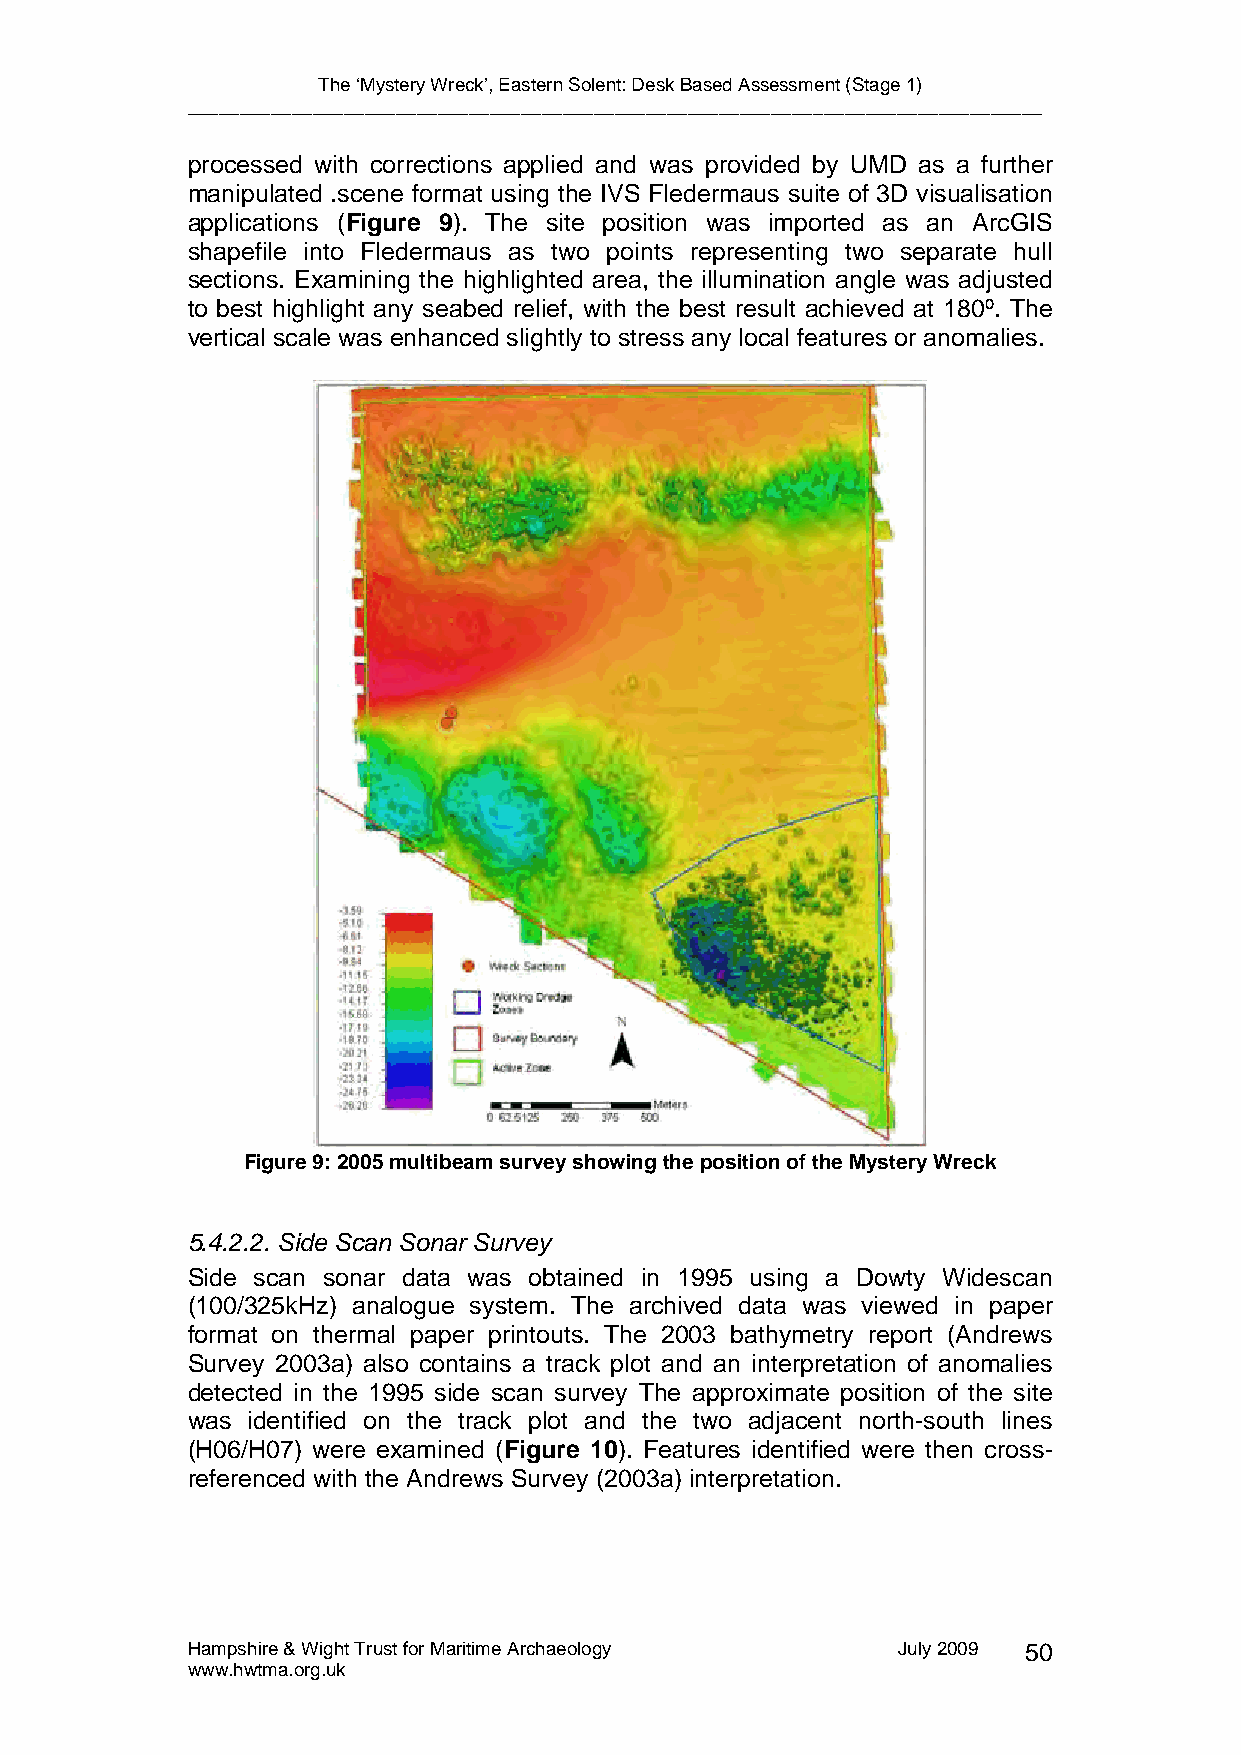
The ‘Mystery Wreck’, Eastern Solent: Desk Based Assessment (Stage 1)
 __________________________________________________________________________________
 processed with corrections applied and was provided by UMD as a further
 manipulated .scene format using the IVS Fledermaus suite of 3D visualisation
 applications (Figure 9). The site position was imported as an ArcGIS
 shapefile into Fledermaus as two points representing two separate hull
 sections. Examining the highlighted area, the illumination angle was adjusted
 to best highlight any seabed relief, with the best result achieved at 180º. The
 vertical scale was enhanced slightly to stress any local features or anomalies.
 Figure 9: 2005 multibeam survey showing the position of the Mystery Wreck
 5.4.2.2. Side Scan Sonar Survey
 Side scan sonar data was obtained in 1995 using a Dowty Widescan
 (100/325kHz) analogue system. The archived data was viewed in paper
 format on thermal paper printouts. The 2003 bathymetry report (Andrews
 Survey 2003a) also contains a track plot and an interpretation of anomalies
 detected in the 1995 side scan survey The approximate position of the site
 was identified on the track plot and the two adjacent north-south lines
 (H06/H07) were examined (Figure 10). Features identified were then cross-
 referenced with the Andrews Survey (2003a) interpretation.
 Hampshire & Wight Trust for Maritime Archaeology July 2009 50
 www.hwtma.org.uk